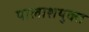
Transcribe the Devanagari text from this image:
पालाशयुक्त